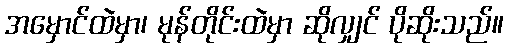
အမှောင်ထဲမှာ၊ မုန်တိုင်းထဲမှာ ဆိုလျှင် ပိုဆိုးသည်။